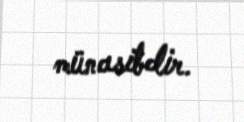
münasibdir.